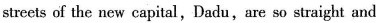
streets of the new capital, Dadu,are so straight and